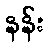
နန်း